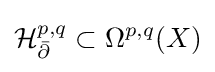
{\mathcal {H}}_{\bar {\partial }}^{p,q}\subset \Omega ^{p,q}(X)